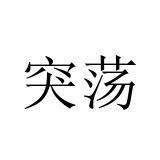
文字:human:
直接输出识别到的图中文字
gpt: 突荡